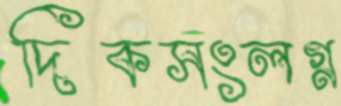
দিকসংলগ্ন